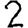
Digit: 2